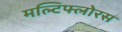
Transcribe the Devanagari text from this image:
मल्टिफ्लोरस